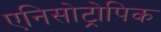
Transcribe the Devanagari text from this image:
एनिसोट्रोपिक